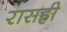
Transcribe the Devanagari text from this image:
रासही